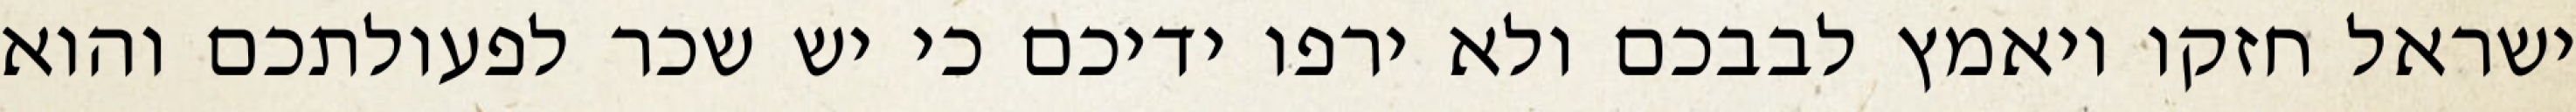
ישראל חזקו ויאמץ לבבכם ולא ירפו ידיכם כי יש שכר לפעולתכם והוא